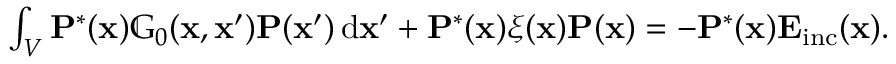
\begin{array} { r } { \int _ { V } \mathbf { P } ^ { * } ( \mathbf { x } ) \mathbb { G } _ { 0 } ( \mathbf { x } , \mathbf { x } ^ { \prime } ) \mathbf { P } ( \mathbf { x } ^ { \prime } ) \, \mathrm { d } \mathbf { x } ^ { \prime } + \mathbf { P } ^ { * } ( \mathbf { x } ) \xi ( \mathbf { x } ) \mathbf { P } ( \mathbf { x } ) = - \mathbf { P } ^ { * } ( \mathbf { x } ) \mathbf { E } _ { \mathrm { i n c } } ( \mathbf { x } ) . } \end{array}